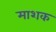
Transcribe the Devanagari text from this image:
माशक